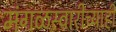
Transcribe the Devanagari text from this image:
मंगळस्वारीच्याही